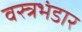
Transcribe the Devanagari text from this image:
वस्त्रभंडार